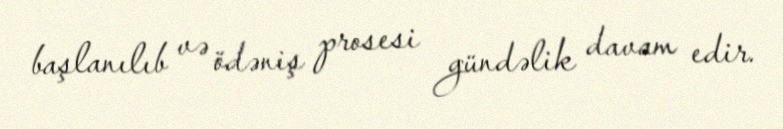
başlanılıb və ödəniş prosesi gündəlik davam edir.